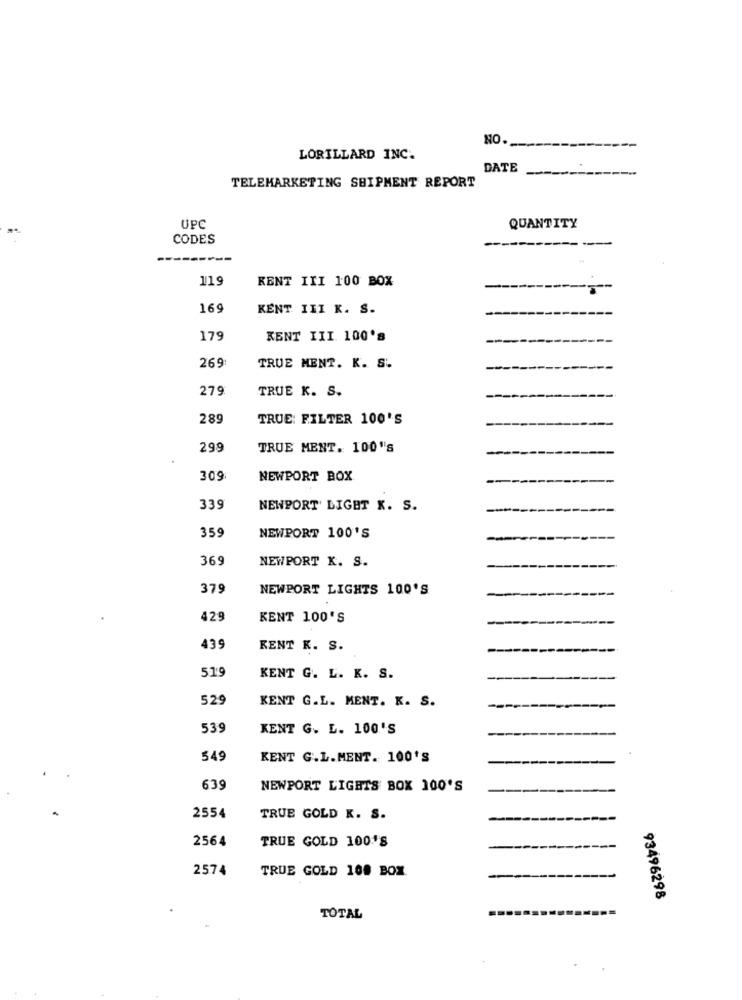
NO.
LORILLARD INC.
DATE
TELEMARKETING SHIPMENT REPORT
UPC
QUANTITY
CODES
119
KENT III 100 BOX
169
KENT III K. S.
179
KENT III. 100's
269
TRUE MENT. K. S.
279
TRUE K. S.
289
TRUE: FILTER 100'S
299
TRUE MENT. 100's
309:
NEWPORT BOX
339
NEWPORT' LIGHT X. S.
359
NEWPORT 100'S
369
NEWPORT K. S.
379
NEWPORT LIGHTS 100'S
429
KENT 100'S
439
KENT K. S.
519
KENT G. L. K. S.
529
KENT G.L. MENT. K. S.
539
KENT G. L. 100'S
549
KENT G.L.MENT. 100'S
639
NEWPORT LIGHTS BOX 100'S
2554
TRUE GOLD K. S.
2564
TRUE GOLD 100'S
2574
TRUE GOLD 100 BOX
93496298
TOTAL